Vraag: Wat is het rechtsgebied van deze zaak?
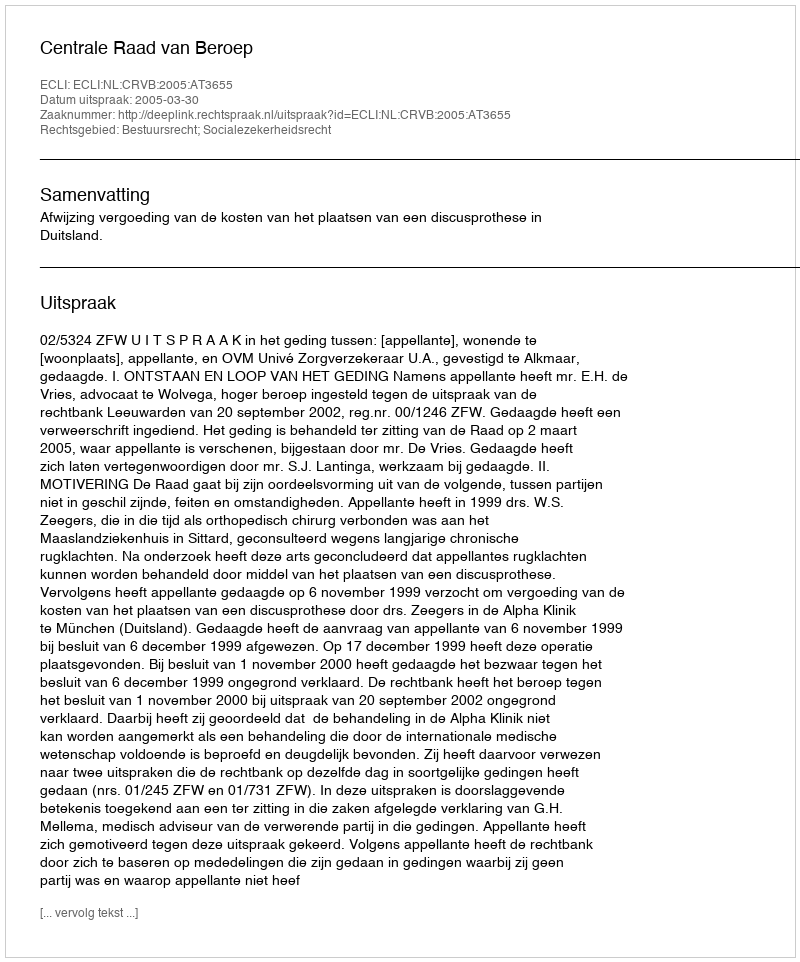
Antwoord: Bestuursrecht; Socialezekerheidsrecht